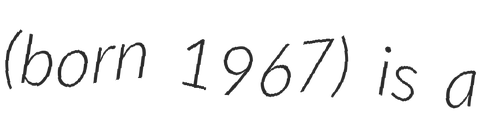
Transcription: (born 1967) is a